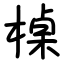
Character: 槕